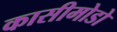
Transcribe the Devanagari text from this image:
कासीमोडो